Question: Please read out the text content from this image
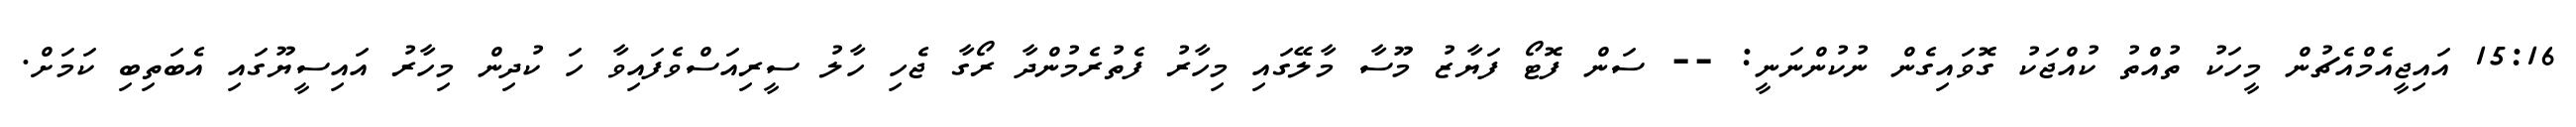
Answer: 15:16 އައިޖީއެމްއެޗުން މީހަކު ތުއްތު ކުއްޖަކު ގޮވައިގެން ނުކުންނަނީ: -- ސަން ފޮޓޯ ފަޔާޒު މޫސާ މާލޭގައި މިހާރު ފެތުރެމުންދާ ރޯގާ ޖެހި ހާލު ސީރިއަސްވެފައިވާ ހަ ކުދިން މިހާރު އައިސީޔޫގައި އެބަތިބި ކަމަށް.